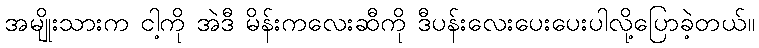
အမျိုးသားက ငါ့ကို အဲဒီ မိန်းကလေးဆီကို ဒီပန်းလေးပေးပေးပါလို့ပြောခဲ့တယ်။